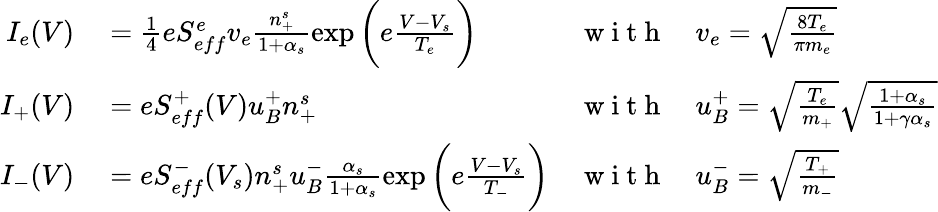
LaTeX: \begin{array}{rlrl}{I_{e}(V)}&{{}=\frac{1}{4}eS_{eff}^{e}v_{e}\frac{n_{+}^{s}}{1+\alpha_{s}}\exp\bigg({e\frac{V-V_{s}}{T_{e}}}\bigg)}&{\mathrm{~w~i~t~h~}}&{{}v_{e}=\sqrt{\frac{8T_{e}}{\pi m_{e}}}}\\ {I_{+}(V)}&{{}=eS_{eff}^{+}(V)u_{B}^{+}n_{+}^{s}}&{\mathrm{~w~i~t~h~}}&{{}u_{B}^{+}=\sqrt{\frac{T_{e}}{m_{+}}}\sqrt{\frac{1+\alpha_{s}}{1+\gamma\alpha_{s}}}}\\ {I_{-}(V)}&{{}=eS_{eff}^{-}(V_{s})n_{+}^{s}u_{B}^{-}\frac{\alpha_{s}}{1+\alpha_{s}}\exp\bigg({e\frac{V-V_{s}}{T_{-}}}\bigg)}&{\mathrm{~w~i~t~h~}}&{{}u_{B}^{-}=\sqrt{\frac{T_{+}}{m_{-}}}}\end{array}